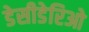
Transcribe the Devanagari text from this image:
डेसीडेरिओ